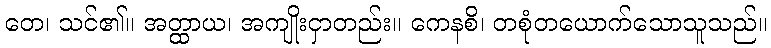
တေ၊ သင်၏။ အတ္ထာယ၊ အကျိုးငှာတည်း။ ကေနစိ၊ တစုံတယောက်သောသူသည်။